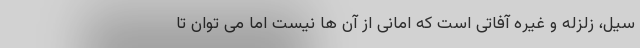
سیل، زلزله و غیره آفاتی است که امانی از آن ها نیست اما می توان تا